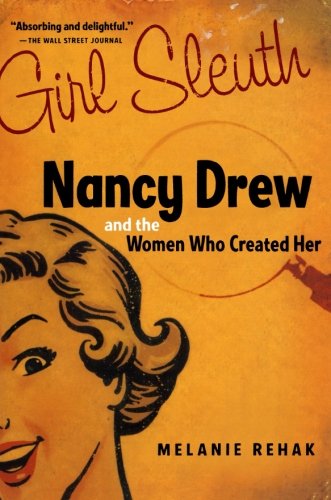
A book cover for Girl Sleuth: Nancy Drew and the Women Who Created Her; Melanie Rehak; Teen & Young Adult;